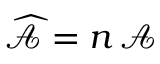
\widehat { \mathcal { A } } = n \, \mathcal { A }